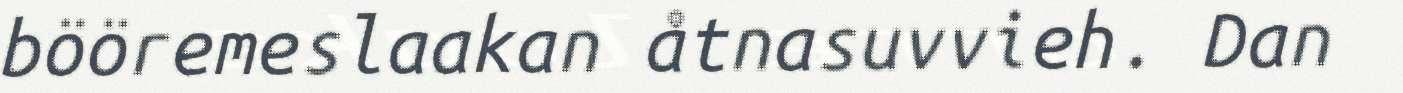
bööremeslaakan åtnasuvvieh. Dan